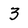
Character: 3